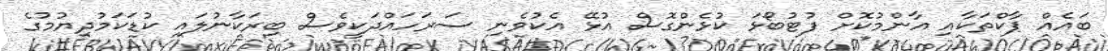
ބައެއް ޕާކްތަކާއި އާންމުކޮށް ފުޓުބޯޅަ ކުޅެންގޮސް އުޅޭ އެކުވެނި ސަރަހައްދަކީވެސް ބިރަކާނުލައި ކުޑަކަމުދިޔުމުގެ